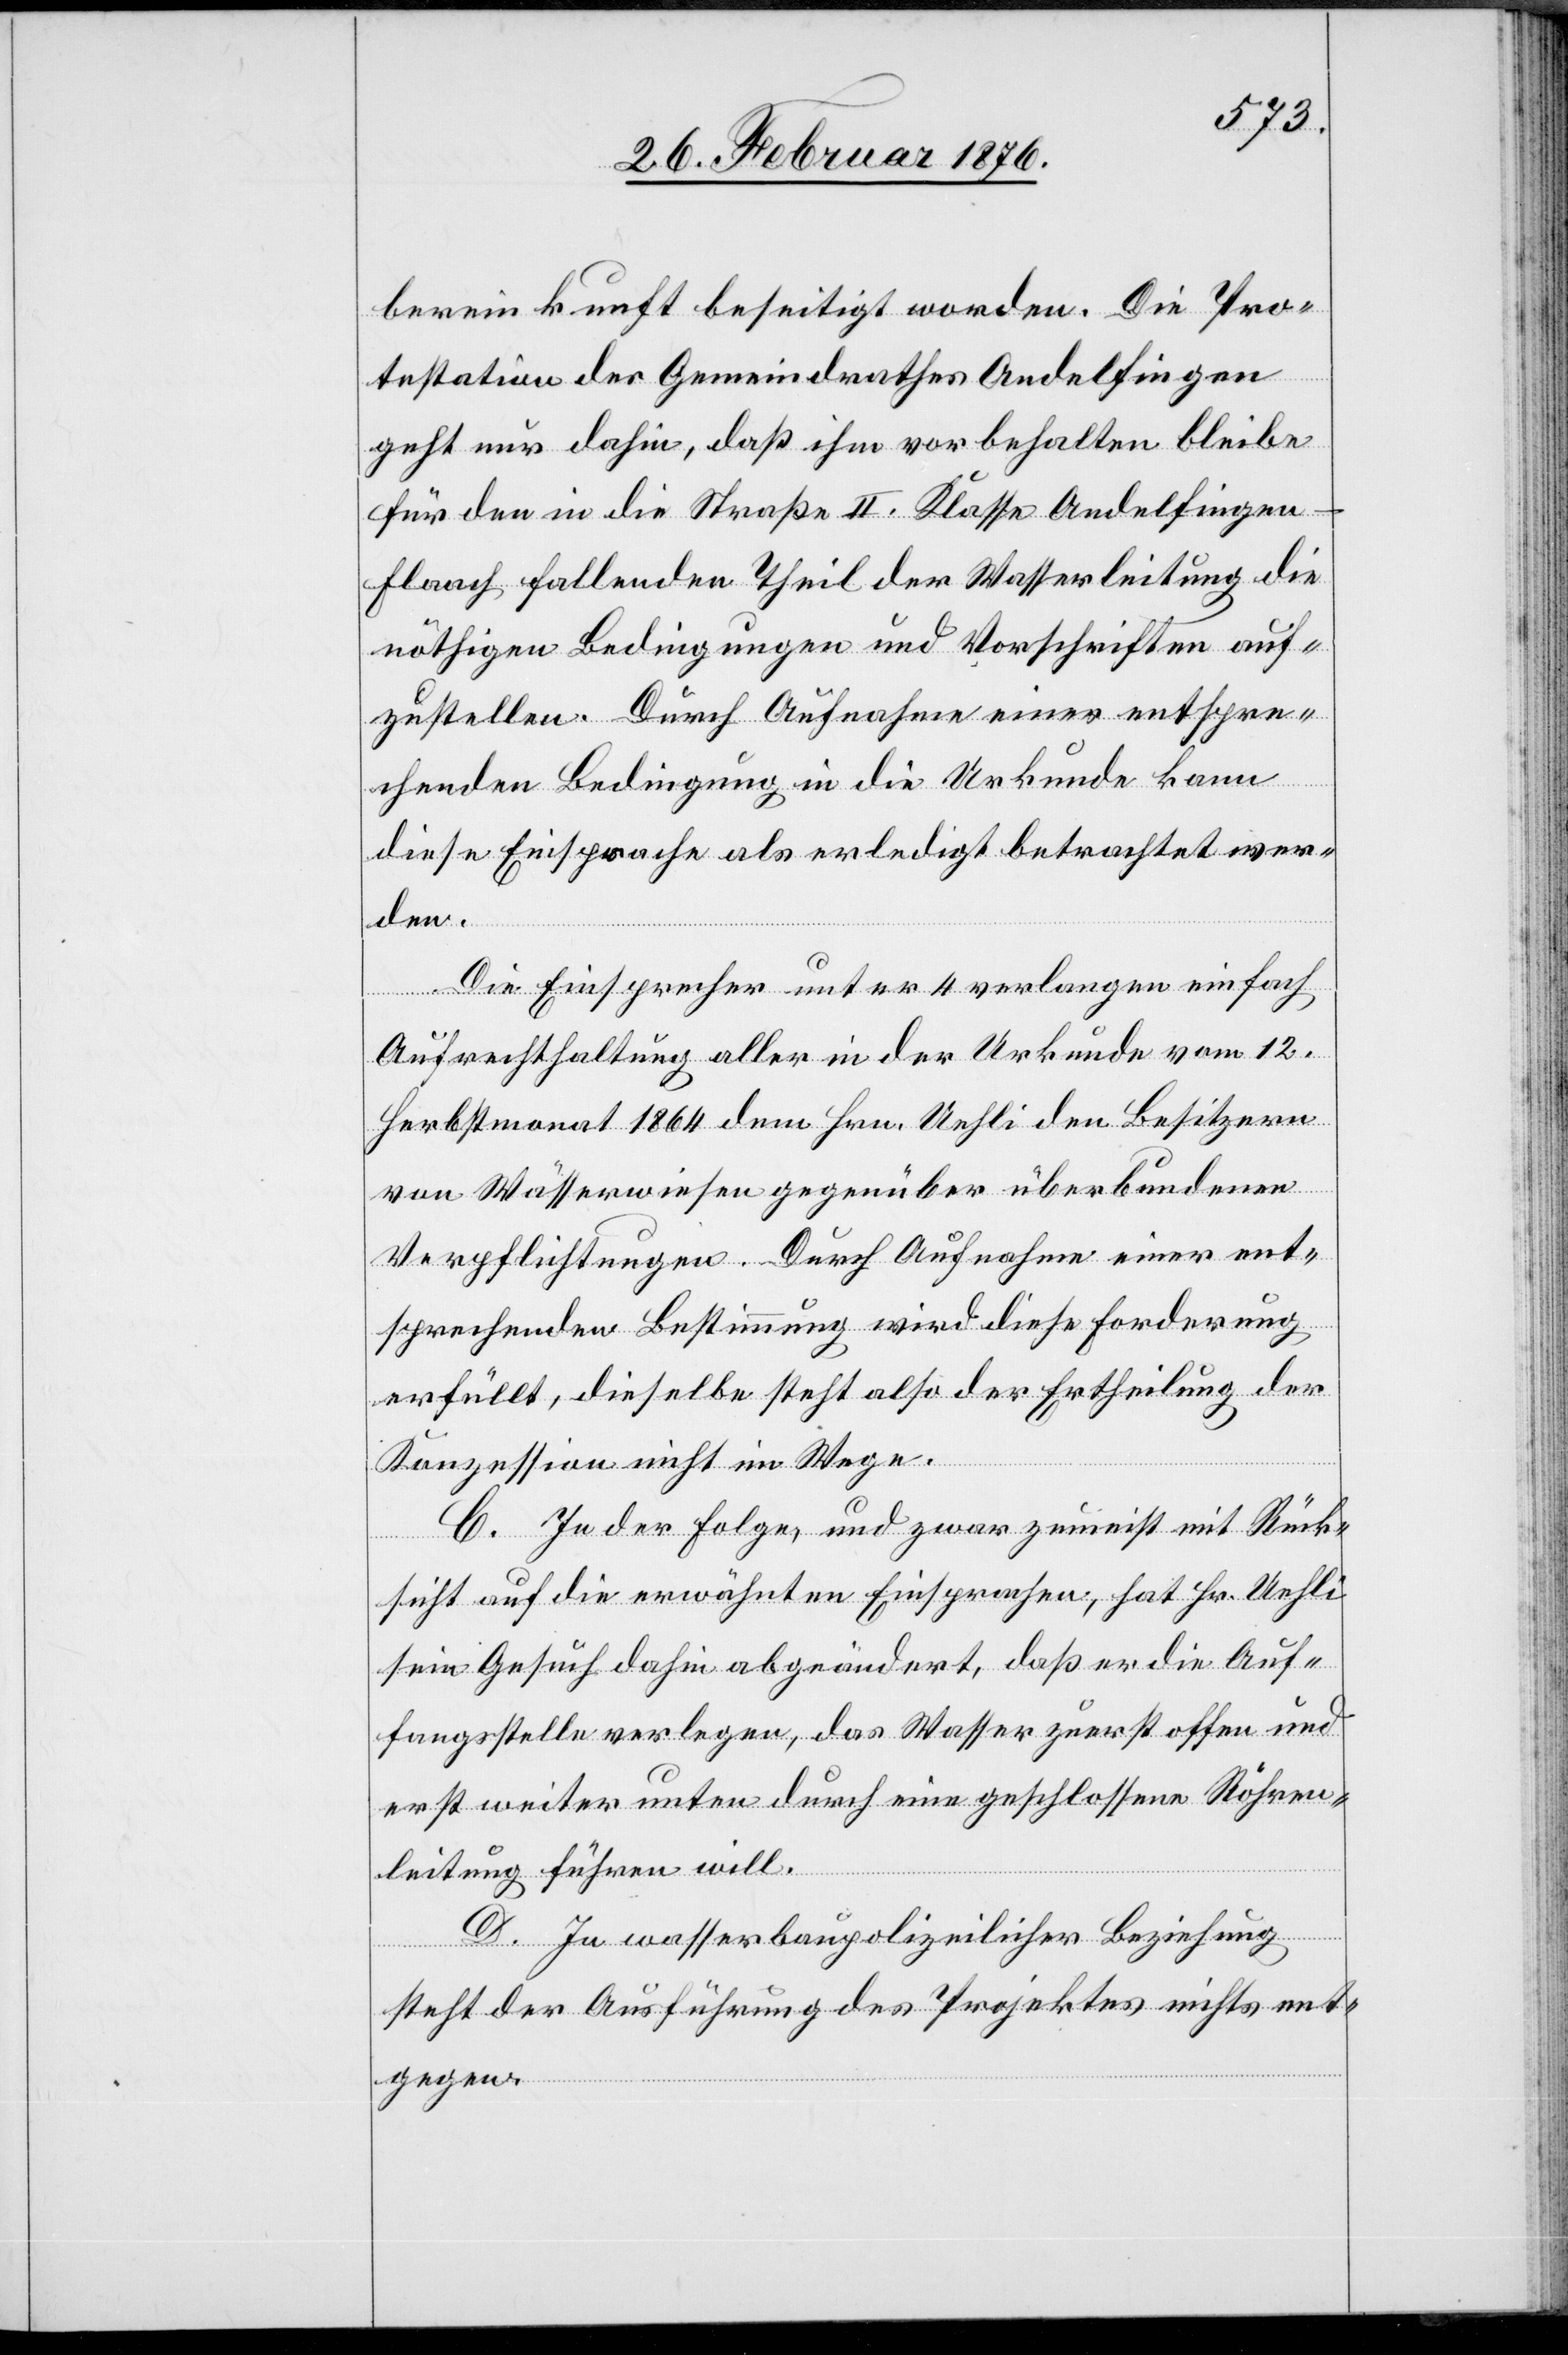
bereinkunft beseitigt worden. Die Pro¬
testation des Gemeindrathes Andelfingen
geht nur dahin, daß ihm vorbehalten bleibe
für den in die Straße II. Klasse Andelfingen–F¬
laach fallenden Theil der Wasserleitung die
nöthigen Bedingungen und Vorschriften auf¬
zustellen. Durch Aufnahme einer entspre¬
chenden Bedingung in die Urkunde kann
diese Einsprache als erledigt betrachtet wer¬
den.
Die Einsprecher unter 4 verlangen einfach
Aufrechthaltung aller in der Urkunde vom 12.
Herbstmonat 1864 dem Hrn. Uehli den Besitzern
von Wasserwiesen gegenüber überbundenen
Verpflichtungen. Durch Aufnahme einer ent¬
sprechenden Bestimmung wird diese Forderung
erfüllt, dieselbe steht also der Ertheilung der
Konzession nicht im Wege.
C. In der Folge, und zwar zumeist mit Rück¬
sicht auf die erwähnten Einsprachen, hat Hr. Uehli
sein Gesuch dahin abgeändert, das er die Auf¬
fangsstelle verlegen, das Wasser zuerst offen und
erst weiter unten durch eine geschlossene Röhren¬
leitung führen will.
D. In wasserbaupolizeilicher Beziehung
steht der Ausführung des Projektes nichts ent¬
gegen.